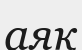
аяқ